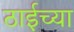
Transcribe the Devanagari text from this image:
ठाईच्या